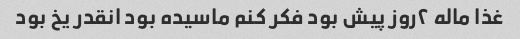
غذا ماله ۲روز پیش بود فکر کنم ماسیده بود انقدر یخ بود